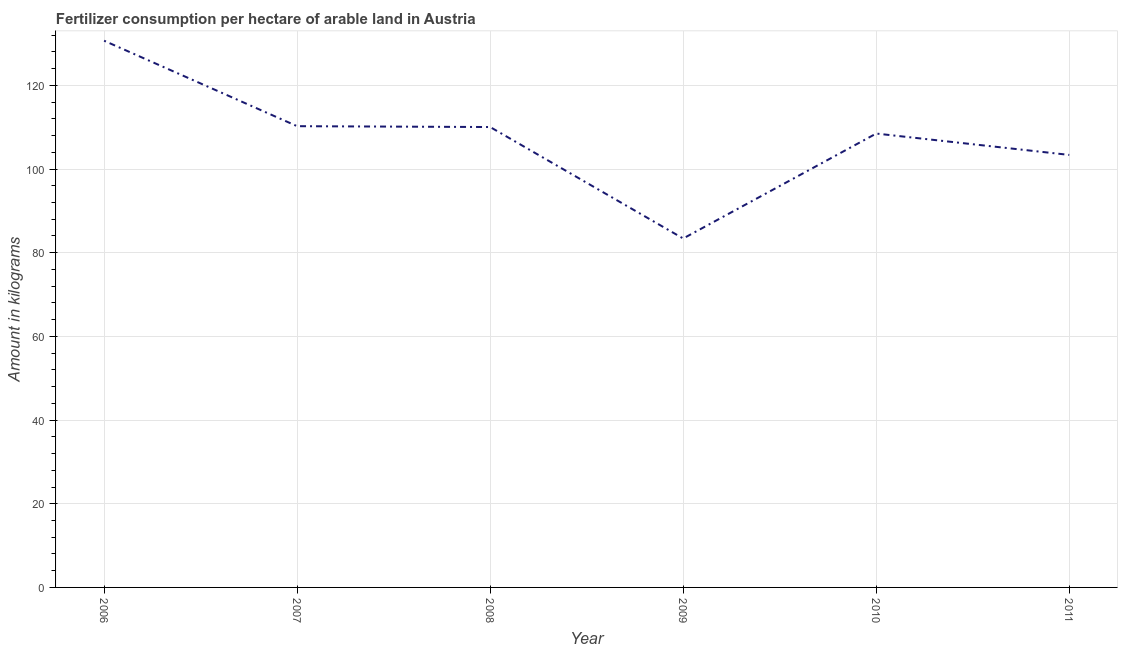
| Year | Fertilizer consumption |
 | --- | --- |
 | 2006 | 131 |
 | 2007 | 110 |
 | 2008 | 110 |
 | 2009 | 83.4 |
 | 2010 | 108 |
 | 2011 | 103 |